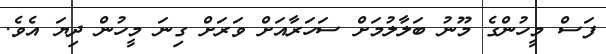
ފަސް މީހުންގެ މޫނު ބަލާލުމަށް ސަހަރާއަށް ވަރަށް ގިނަ މީހުން ދިޔަ އެވެ.